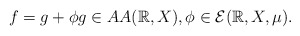
\begin{align*}f = g+\phi g\in AA(\mathbb{R},X) , \phi\in\mathcal{E}(\mathbb{R},X,\mu).\end{align*}